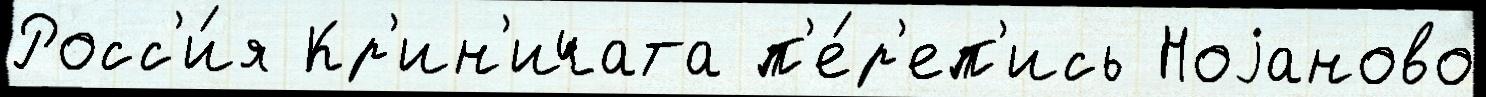
Росс'и́я Кр'ин'ичата п'е́р'еп'ись Ноjаново